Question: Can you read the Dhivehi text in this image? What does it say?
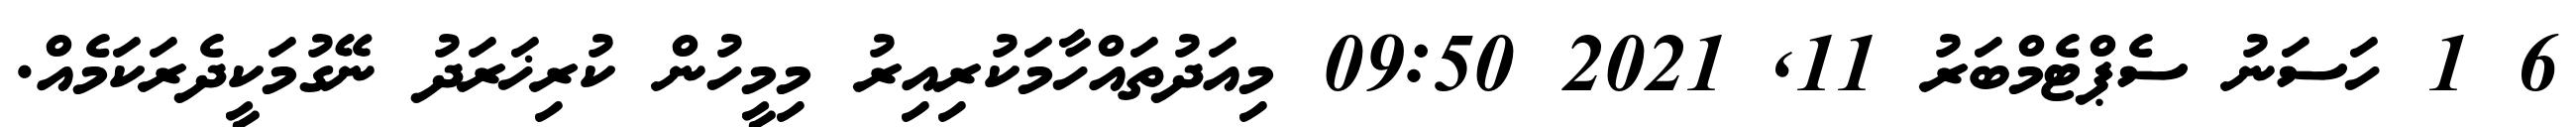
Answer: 6 1 ހަސަނު ސެޕްޓެމްބަރު 11, 2021 09:50 މިއަދުތައްހާމަކުރިއިރު މިމީހުން ކުރިޚަރަދު ނޭގުމަކީދެރަކަމެއް.